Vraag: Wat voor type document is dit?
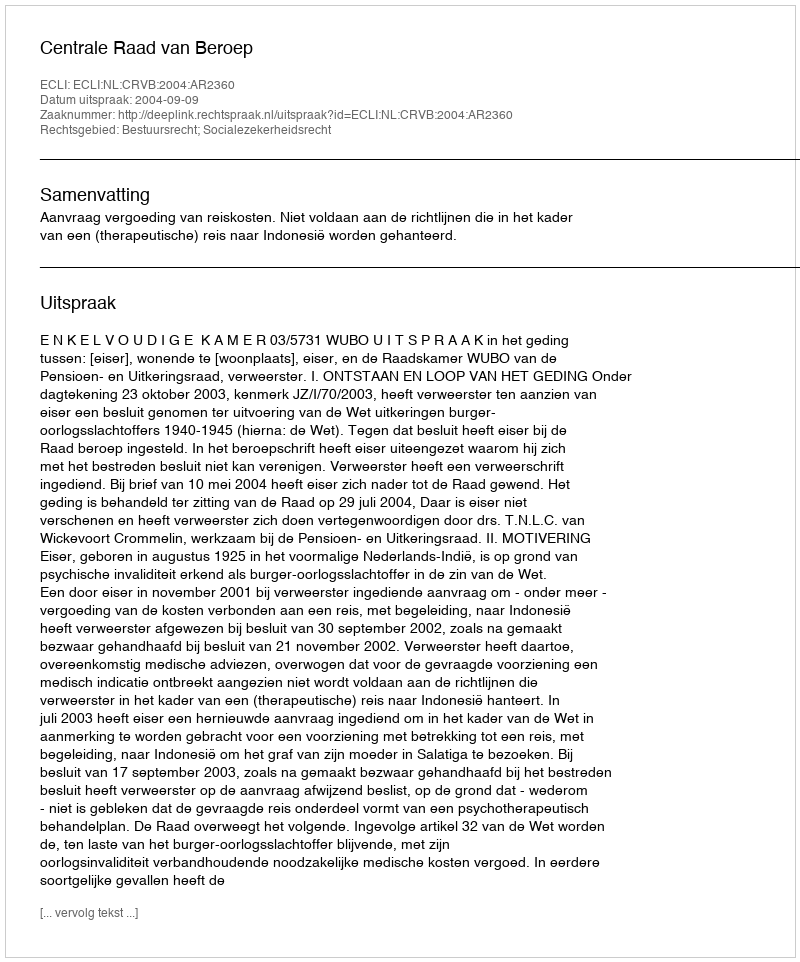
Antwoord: Uitspraak